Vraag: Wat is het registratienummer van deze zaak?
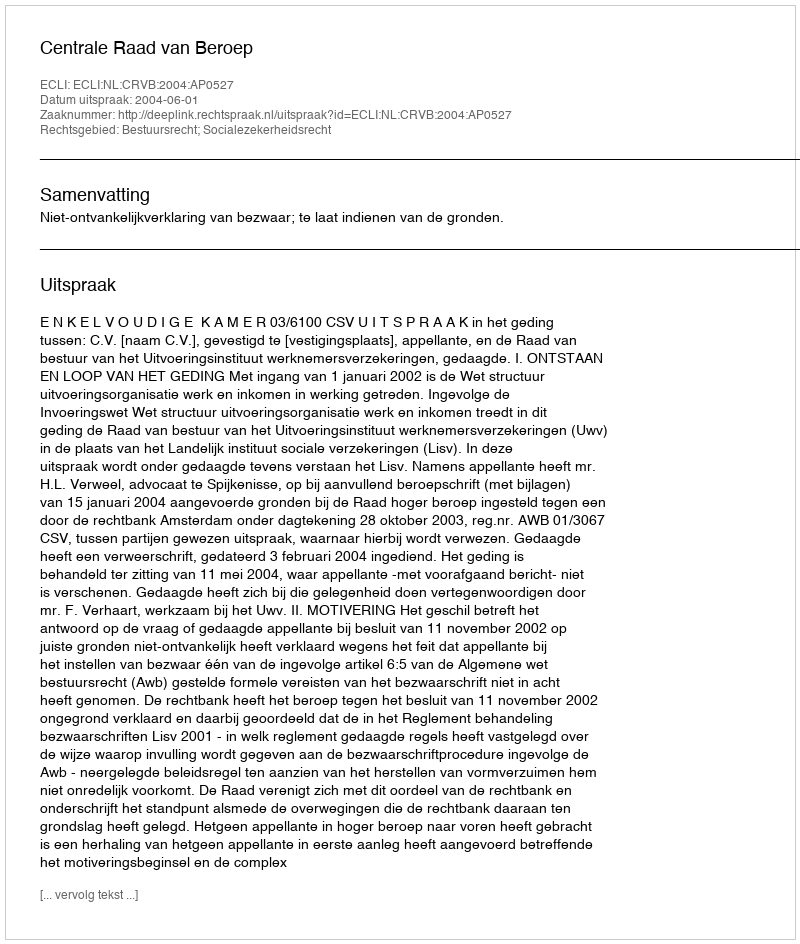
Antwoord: http://deeplink.rechtspraak.nl/uitspraak?id=ECLI:NL:CRVB:2004:AP0527